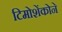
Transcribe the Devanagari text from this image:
टिमोशेंकोने